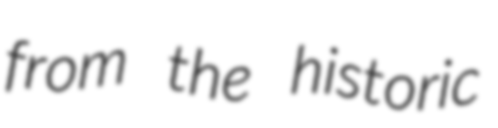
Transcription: from the historic